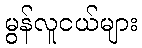
မွန်လူငယ်များ